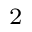
_ 2